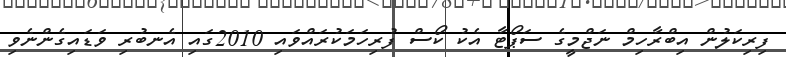
ފިރިކަލުން އިބްރާހިމް ނަޖްމީގެ ސަޕޯޓާ އެކު ކޯސް ފުރިހަމަކުރައްވައި 2010ގައި އެނބުރި ވަޑައިގެންނެވި